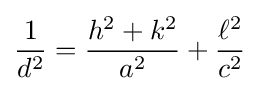
{\frac {1}{d^{2}}}={\frac {h^{2}+k^{2}}{a^{2}}}+{\frac {\ell ^{2}}{c^{2}}}